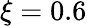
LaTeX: \xi=0.6